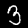
Label: 3